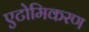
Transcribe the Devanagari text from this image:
एटोमिकरण